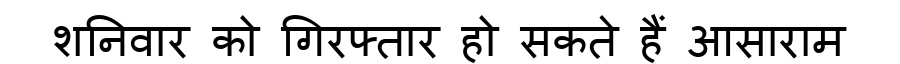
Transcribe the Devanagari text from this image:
शनिवार को गिरफ्तार हो सकते हैं आसाराम